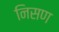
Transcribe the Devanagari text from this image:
निसण